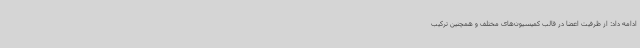
ادامه داد: از ظرفیت اعضا در قالب کمیسیون‌های مختلف و همچنین ترکیب